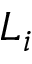
L _ { i }